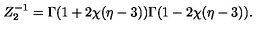
Z _ { 2 } ^ { - 1 } = \Gamma ( 1 + 2 \chi ( \eta - 3 ) ) \Gamma ( 1 - 2 \chi ( \eta - 3 ) ) .